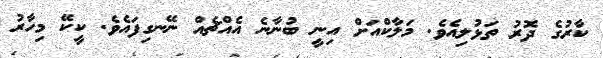
ކާރުގެ ދޮރު ތަޅުލިއެވެ. މަލާކްއަށް އިނީ ބުނާނެ އެއްޗެއް ނޭނގިފައެވެ. ކީކޭ މިހާރު